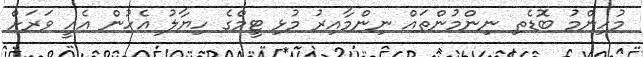
މުހިންމު ބޮޑެތި ނިންމުންތައް ނިންމާއިރު މުޅި ޓީމްގެ ހިޔާލު އެހުން އެއީ ވަރަށް